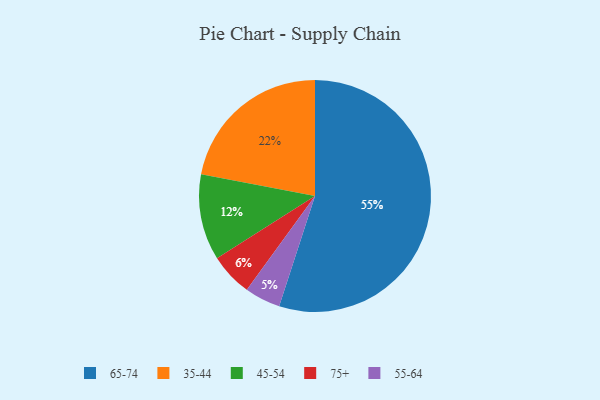
{"axis": {"x": "Category", "y": "Percentage"}, "legend": ["35-44", "45-54", "55-64", "65-74", "75+"], "data": [{"x": "35-44", "y": 22, "type": "35-44"}, {"x": "75+", "y": 6, "type": "75+"}, {"x": "45-54", "y": 12, "type": "45-54"}, {"x": "65-74", "y": 55, "type": "65-74"}, {"x": "55-64", "y": 5, "type": "55-64"}]}